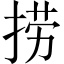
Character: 捞